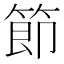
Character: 節